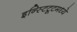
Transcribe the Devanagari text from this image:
इन्स्टिटूटमध्ये